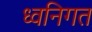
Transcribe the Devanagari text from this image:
ध्वनिगत